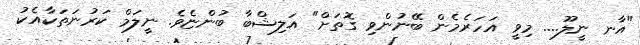
"އާނ ނީލޫ.... މިވީ އަހަރެމެން ބޭނުންވި ގޮތަށް" އަލިޝްބާ ބުންޏެވެ. ނީލަމް ކަރުނަތަކާއެކު